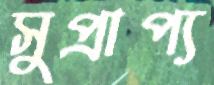
সুপ্রাপ্য